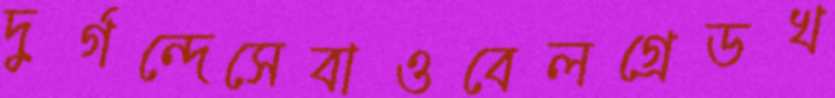
দুর্গন্দেসেবাওবেলগ্রেডখ